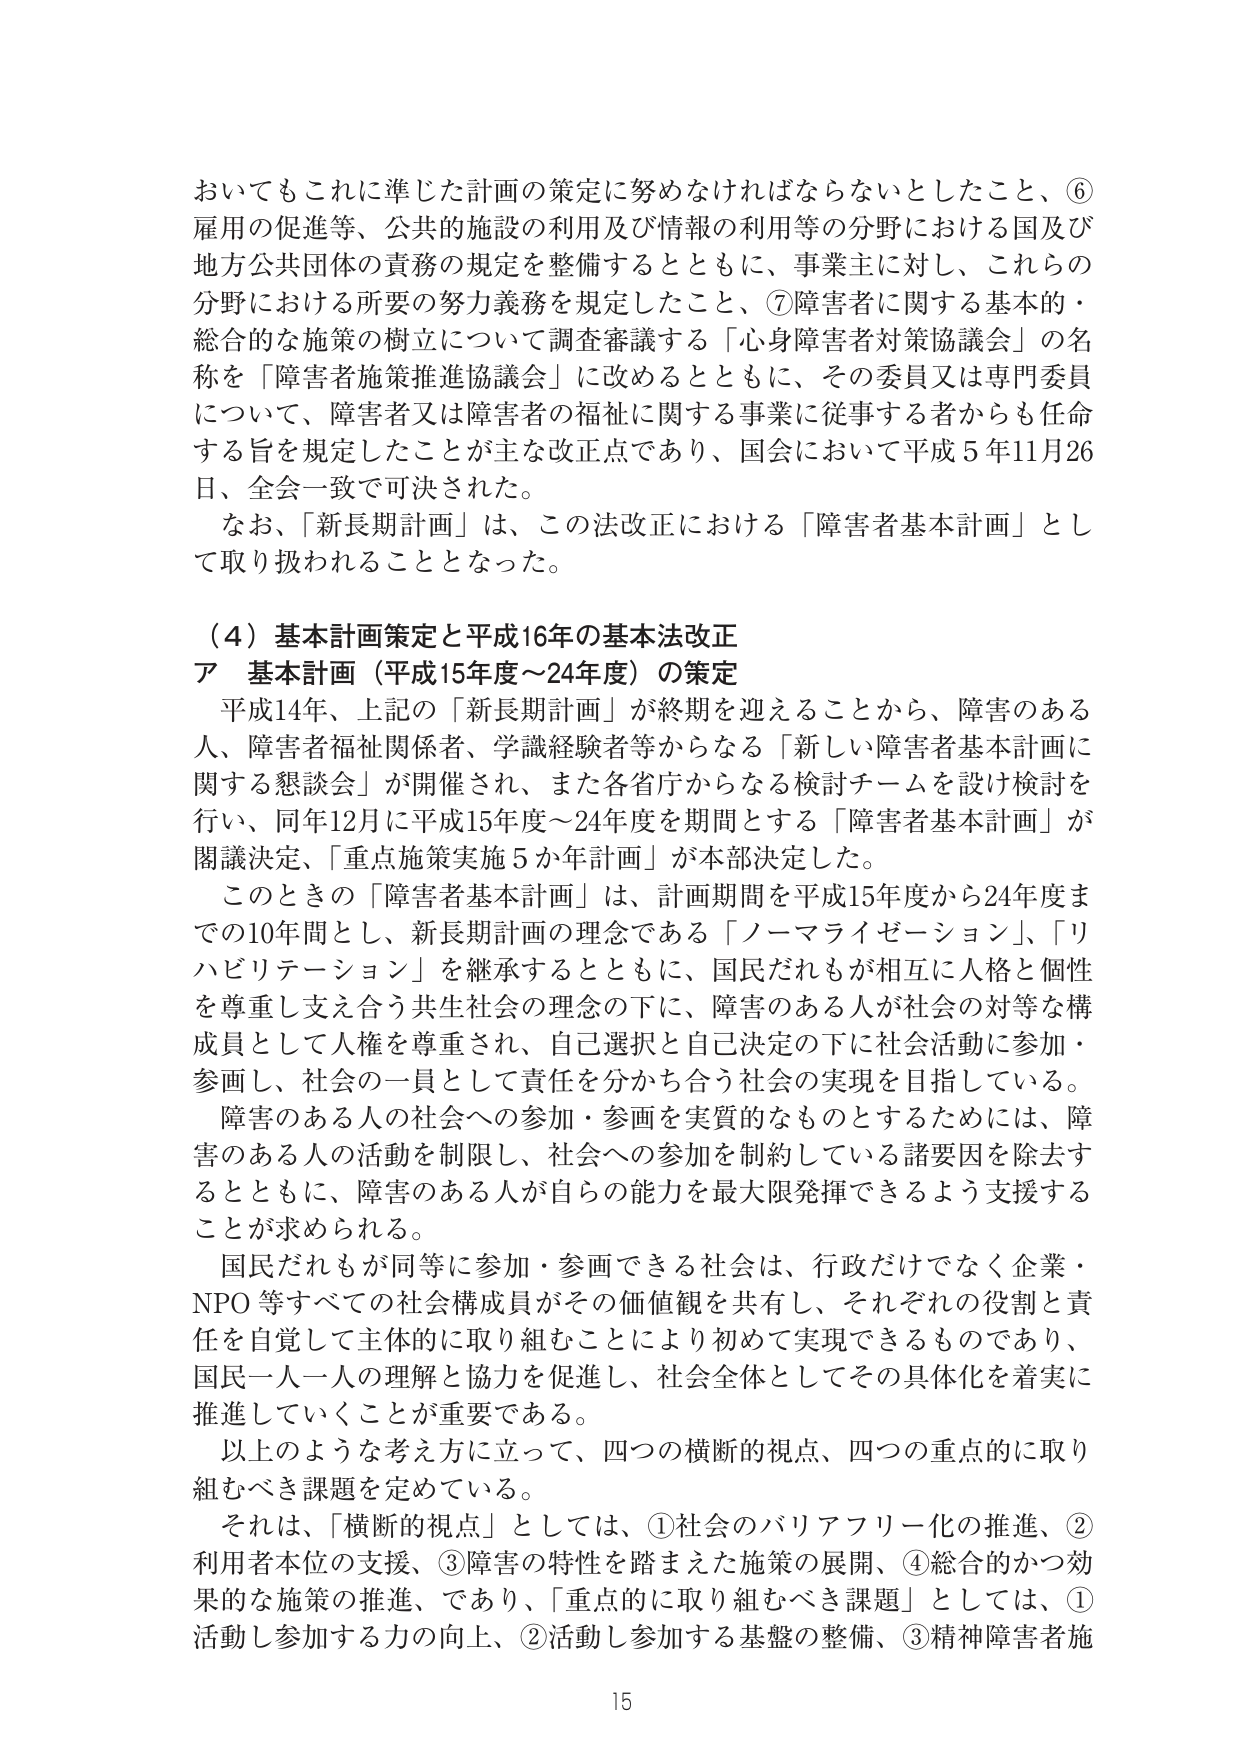
おいてもこれに準じた計画の策定に努めなければならないとしたこと、⑥雇用の促進等、公共の施設の利用及び情報の利用等の分野における国及び地方公共団体の責務の規定を整備するとともに、事業主に対し、これらの分野における所要の努力義務を規定したこと、⑦障害者に関する基本的・総合的な施策の樹立について調査審議する「心身障害者対策協議会」の名称を「障害者施策推進協議会」に改めるとともに、その委員又は専門委員について、障害者又は障害者の福祉に関する事業に従事する者からも任命する旨を規定したことが主な改正点であり、国会において平成5年11月26日、全会一致で可決された。

なお、「新長期計画」は、この法改正における「障害者基本計画」として取り扱われることとなった。

（4）基本計画策定と平成16年の基本法改正
ア 基本計画（平成15年度～24年度）の策定
平成14年、上記の「新長期計画」が終期を迎えることから、障害のある人、障害者福祉関係者、学識経験者等からなる「新しい障害者基本計画に関する懇談会」が開催され、また各省庁からなる検討チームを設け検討を行い、同年12月に平成15年度～24年度を期間とする「障害者基本計画」が閣議決定、「重点施策実施5か年計画」が本部決定した。

このときの「障害者基本計画」は、計画期間を平成15年度から24年度までの10年間とし、新長期計画の理念である「ノーマライゼーション」、「リハビリテーション」を継承するとともに、国民だれもが相互に人格と個性を尊重し支え合う共生社会の理念の下に、障害のある人が社会の対等な構成員として人権を尊重され、自己選択と自己決定の下に社会活動に参加・参画し、社会の一員として責任を分かち合う社会の実現を目指している。

障害のある人の社会への参加・参画を実質的なものとするためには、障害のある人の活動を制限し、社会への参加を制約している諸要因を除去するとともに、障害のある人が自らの能力を最大限発揮できるよう支援することが求められる。

国民だれもが同等に参加・参画できる社会は、行政だけでなく企業・NPO等すべての社会構成員がその価値観を共有し、それぞれの役割と責任を自覚して主体的に取り組むことにより初めて実現できるものであり、国民一人一人の理解と協力を促進し、社会全体としてその具体化を着実に推進していくことが重要である。

以上のような考え方に立って、四つの横断的視点、四つの重点的に取り組むべき課題を定めている。

それは、「横断的視点」としては、①社会のバリアフリー化の推進、②利用者本位の支援、③障害の特性を踏まえた施策の展開、④総合的かつ効果的な施策の推進、であり、「重点的に取り組むべき課題」としては、①活動し参加する力の向上、②活動し参加する基盤の整備、③精神障害者施

15